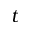
t